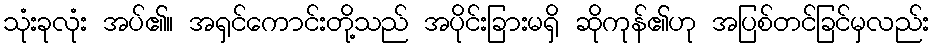
သုံးခုလုံး အပ်၏။ အရှင်ကောင်းတို့သည် အပိုင်းခြားမရှိ ဆိုကုန်၏ဟု အပြစ်တင်ခြင်မှလည်း